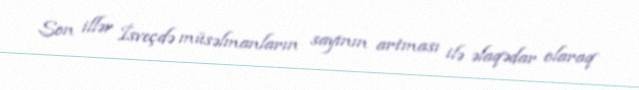
Son illər İsveçdə müsəlmanların sayının artması ilə əlaqədar olaraq